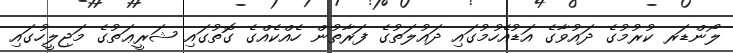
ލޯންޑަރ ކުރުމުގެ ދައުވާގެ އަޑުއެހުމުގައި ދައުލަތުގެ ފަރާތުން ހެއްކެއްގެ ގޮތުގައި ޝަރީޢަތުގެ މަޖިލީހުގައި